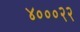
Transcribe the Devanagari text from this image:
४०००२२